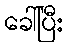
ခေါ်ပြီး